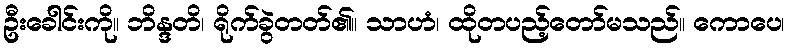
ဦးခေါင်းကို။ ဘိန္ဒတိ၊ ရိုက်ခွဲတတ်၏။ သာဟံ၊ ထိုတပည့်တော်မသည်။ ကောပေ၊